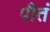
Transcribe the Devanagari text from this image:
पीतं